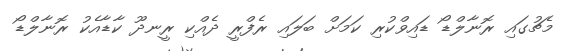
މެޗުގައި ރޮނާލްޑޯ ޑައިވްކުރި ކަމަށް ބަލައި ރެފްރީ ދެއްކި ރީނދޫ ކާޑާއެކު ރޮނާލްޑޯ